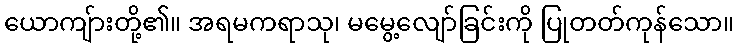
ယောကျ်ားတို့၏။ အရမကရာသု၊ မမွေ့လျော်ခြင်းကို ပြုတတ်ကုန်သော။